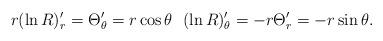
LaTeX: \begin{align*}r(\ln R)'_r=\Theta '_\theta =r\cos \theta \ \ (\ln R)'_\theta =-r\Theta '_r=-r\sin \theta . \end{align*}